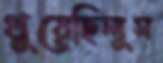
থুয়েছিলুম